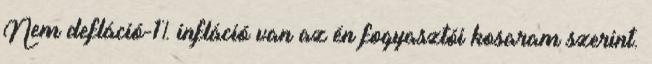
Nem defláció-1% infláció van az én fogyasztói kosaram szerint.